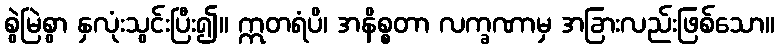
စွဲမြဲစွာ နှလုံးသွင်းပြီး၍။ ဣတရံပိ၊ အနိစ္စတာ လက္ခဏာမှ အခြားလည်းဖြစ်သော။